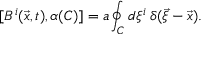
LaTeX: [ { \cal B } ^ { i } ( \vec { x } , t ) , \alpha ( C ) ] = a \oint _ { C } d \xi ^ { i } \, \delta ( \vec { \xi } - \vec { x } ) .